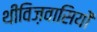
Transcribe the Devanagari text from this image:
थीविज़वासियों